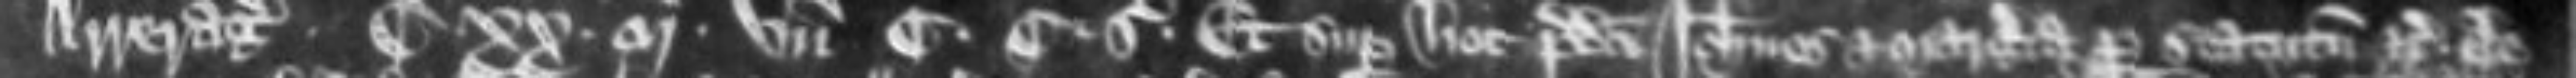
Arreragia. C. XX. marce unde C. C. S. Et super hoc predicti Johannes et Margeria per statutum etc ele